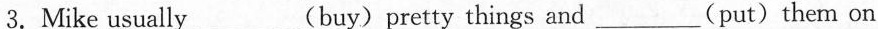
3.Mike usually___(buy)pretty things and___(put)them on